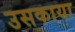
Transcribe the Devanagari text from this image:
उसकाया